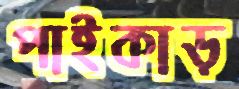
পাইকাড়